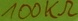
Text: 100kΩ